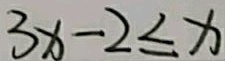
3 x - 2 \leq x